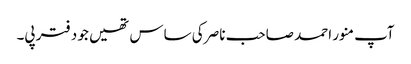
آپ منور احمد صاحب ناصر کی ساس تھیں جو دفتر پی۔